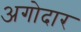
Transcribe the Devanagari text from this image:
अगोदार